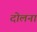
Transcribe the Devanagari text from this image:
दोलना